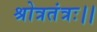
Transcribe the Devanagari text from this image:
श्रोत्रतंत्रः।।